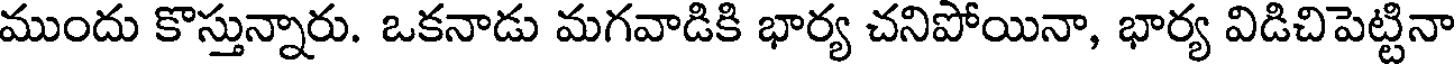
ముందు కొస్తున్నారు. ఒకనాడు మగవాడికి భార్య చనిపోయినా, భార్య విడిచిపెట్టినా